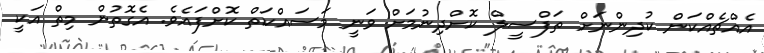
އެއްޗެއްކަން ކުދިންނަށް ތަފްސީލް ކޮށްދިނުމަށް ވަނީ މަސައްކަތް ކޮށްފައެވެ. އެގޮތުން މިތް އަކީ